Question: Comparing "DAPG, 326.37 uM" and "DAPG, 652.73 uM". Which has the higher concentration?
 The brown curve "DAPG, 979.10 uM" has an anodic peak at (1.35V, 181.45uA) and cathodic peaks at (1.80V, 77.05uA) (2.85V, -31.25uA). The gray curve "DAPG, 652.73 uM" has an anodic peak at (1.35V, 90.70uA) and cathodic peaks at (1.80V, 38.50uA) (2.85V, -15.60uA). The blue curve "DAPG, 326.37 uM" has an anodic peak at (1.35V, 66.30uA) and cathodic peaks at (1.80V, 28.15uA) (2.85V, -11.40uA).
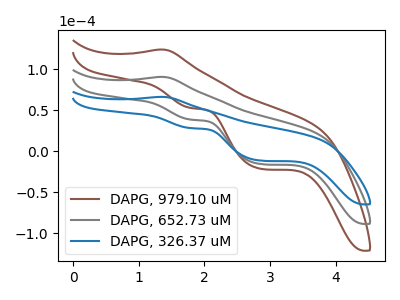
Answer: <think>All the peaks in "DAPG, 326.37 uM" have a peak in "DAPG, 652.73 uM" at the same potential.
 </think>
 <answer>I cant tell if "DAPG, 326.37 uM" or "DAPG, 652.73 uM" has higher concentration.</answer>
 <eval>mixed_concentration</eval>